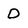
Character: D